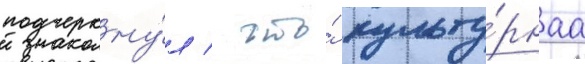
подчеркну́л / что́ культу́рнаа